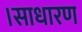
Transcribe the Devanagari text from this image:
।साधारण